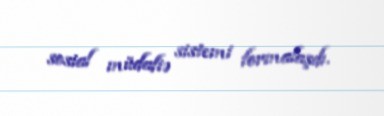
sosial müdafiə sis­temi formalaşdı.